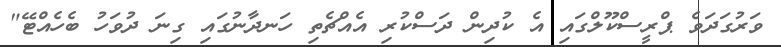
ވަރުގަދަވެ ޕްރީސްކޫލްގައި އެ ކުދިން ދަސްކުރި އެއްޗެތި ހަނދާނުގައި ގިނަ ދުވަހު ބެހެއްޓޭ"